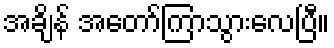
အချိန် အတော်ကြာသွားလေပြီ။